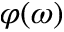
\varphi ( \omega )